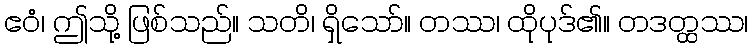
ဧဝံ၊ ဤသို့ ဖြစ်သည်။ သတိ၊ ရှိသော်။ တဿ၊ ထိုပုဒ်၏။ တဒတ္ထဿ၊